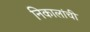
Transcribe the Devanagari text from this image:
निकालांची